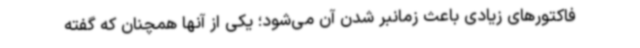
فاکتورهای زیادی باعث زمانبر شدن آن می‌شود؛ یکی از آنها همچنان که گفته